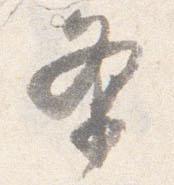
条